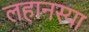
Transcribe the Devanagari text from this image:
लहानस्या